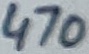
Text: 470